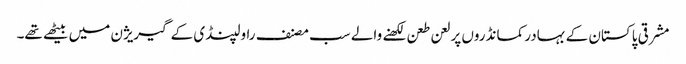
مشرقی پاکستان کے بہادر کمانڈروں پر لعن طعن لکھنے والے سب مصنف راولپنڈی کے گیریژن میں بیٹھے تھے۔